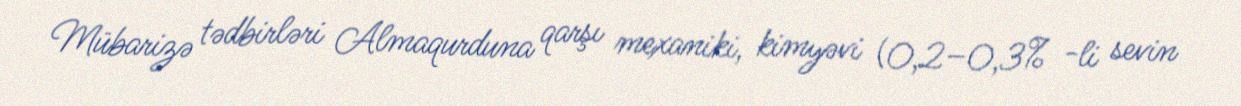
Mübarizə tədbirləri Almaqurduna qarşı mexaniki, kimyəvi (0,2–0,3% -li sevin